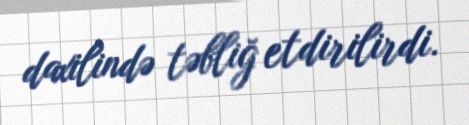
daxilində təbliğ etdirilirdi.